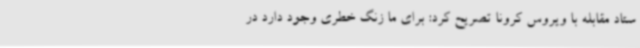
ستاد مقابله با ویروس کرونا تصریح کرد: برای ما زنگ خطری وجود دارد در